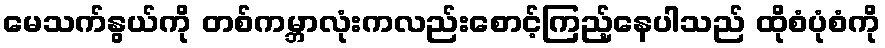
မေသက်နွယ်ကို တစ်ကမ္ဘာလုံးကလည်းစောင့်ကြည့်နေပါသည် ထိုစံပုံစံကို